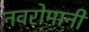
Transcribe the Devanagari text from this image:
नवरोमानी